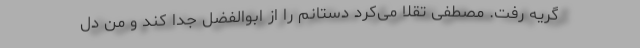
گریه رفت. مصطفی تقلّا می‌کرد دستانم را از ابوالفضل جدا کند و من دل